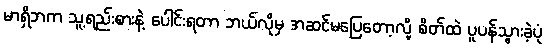
မာရှိဘက သူ့ရည်းစားနဲ့ ပေါင်းရတာ ဘယ်လိုမှ အဆင်မပြေတော့လို့ စိတ်ထဲ ပူပန်သွားခဲ့ပုံ